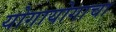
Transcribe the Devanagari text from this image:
योगायोगाचा